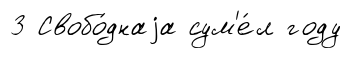
3 Свобо́днаjа сум'е́л году